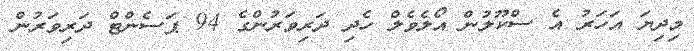
މިދިޔަ އަހަރު އެ ސްކޫލުން އޯލެވެލް ހެދި ދަރިވަރުންގެ 94 ޕަސެންޓް ދަރިވަރުން